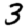
Digit: 3